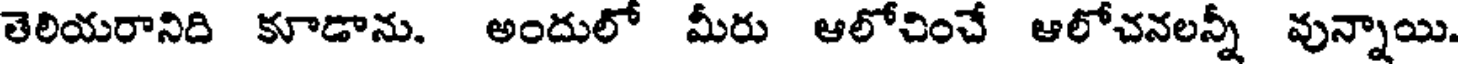
తెలియరానిది కూడాను. అందులో మీరు ఆలోచించే ఆలోచనలన్నీ వున్నాయి.